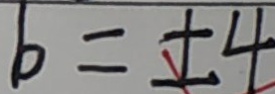
b = \pm 4